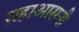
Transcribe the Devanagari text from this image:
सहाआसनी